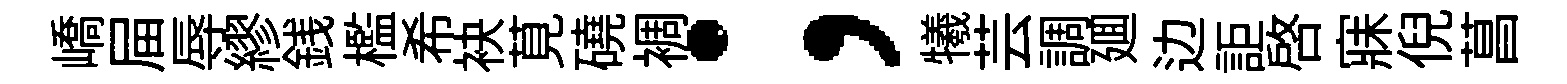
嶠屇辱繆銭檻希袂莧磽裯；犧芸調廽边詎啓寐倪菖